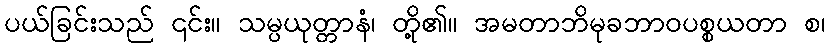
ပယ်ခြင်းသည် ၎င်း။ သမ္ပယုတ္တာနံ၊ တို့၏။ အမတာဘိမုခဘာဝပစ္စယတာ စ၊